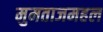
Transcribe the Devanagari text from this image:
मुमताजमहल